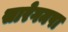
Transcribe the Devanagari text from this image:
सारेगमपा